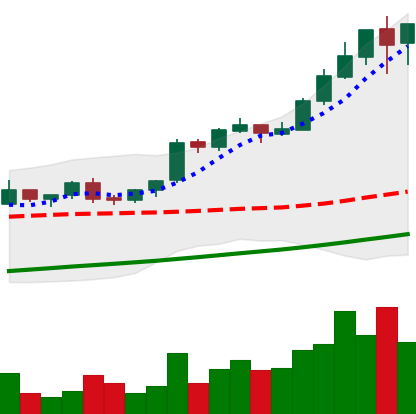
Ticker: BTC-USD
Chart end date: 2017-08-16
Forward return: -8.566%
Label: down_7plus